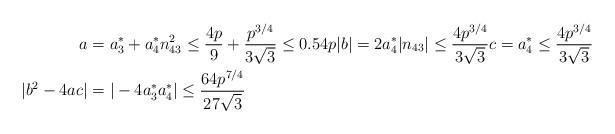
LaTeX: \begin{align*}a &= a_{3}^{*} + a_{4}^{*} n_{43}^{2}\leq \frac{4p}{9} + \frac{p^{3/4}}{3 \sqrt{3}} \leq 0.54p |b| = 2a_{4}^{*} |n_{43}| \leq \frac{4 p^{3/4}}{3 \sqrt{3}} c = a_{4}^{*} \leq \frac{4 p^{3/4}}{3 \sqrt{3}}\\|b^{2} - 4ac| &= |-4a_{3}^{*} a_{4}^{*}| \leq \frac{64 p^{7/4}}{27 \sqrt{3}}\\\end{align*}